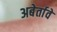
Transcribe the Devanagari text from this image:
अबेर्तावे